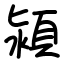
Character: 潁